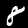
Label: 8